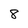
Character: 8